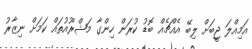
އަމިއްލަ ޖީބަށް ލިބޭ އެއްޗެއް ބޮޑު ކުރަން ހިންގާ މަޝްރޫއުތައް ކަމަށް ނިޒާރު